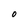
Character: O